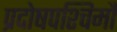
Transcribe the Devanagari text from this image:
प्रदोषपश्चिमौ